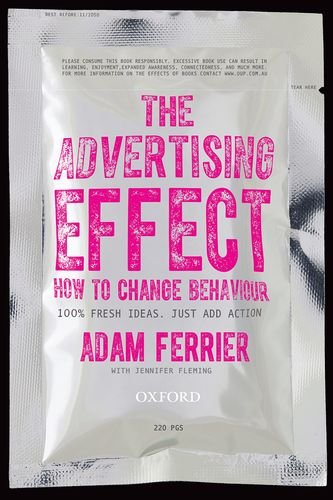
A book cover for The Advertising Effect: How to Change Behaviour; Adam Ferrier; Business & Money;